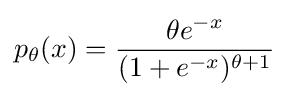
p_{\theta }(x)={\frac {\theta e^{-x}}{(1+e^{-x})^{\theta +1}}}